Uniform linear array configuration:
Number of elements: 12
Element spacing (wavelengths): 1
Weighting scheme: hamming
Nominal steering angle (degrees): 15
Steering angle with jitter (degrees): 13.185
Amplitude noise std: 0.05
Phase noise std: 0.05

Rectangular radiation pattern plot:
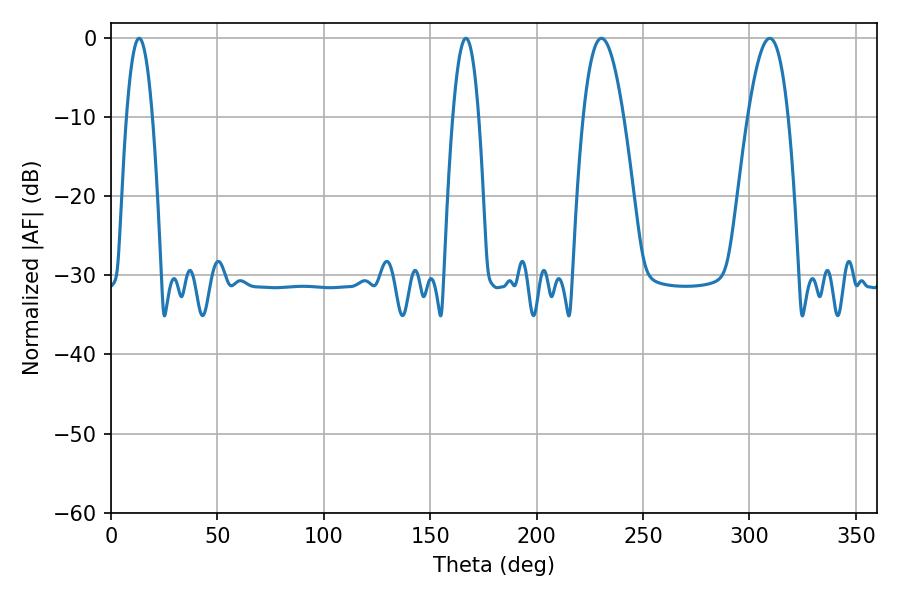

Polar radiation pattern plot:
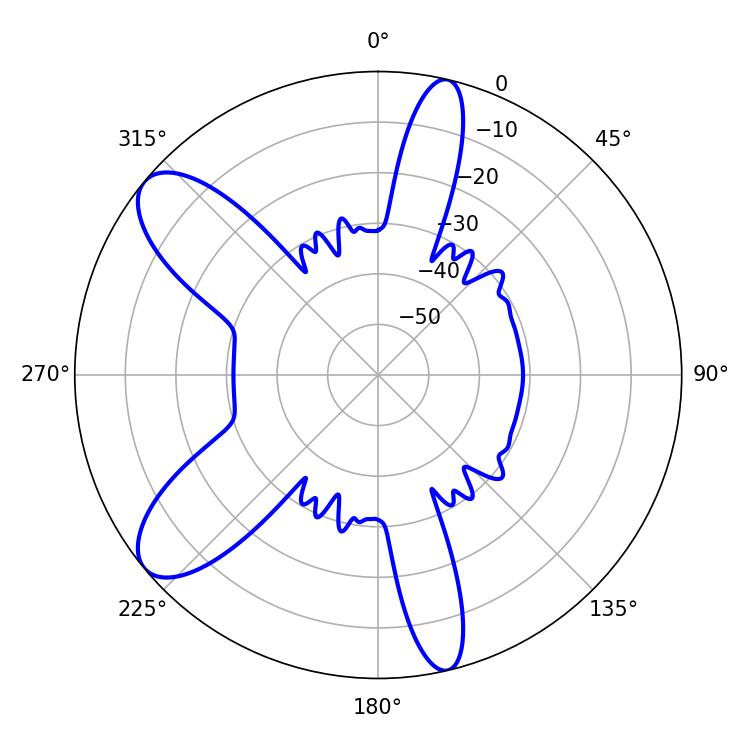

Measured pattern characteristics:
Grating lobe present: TRUE
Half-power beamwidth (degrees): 10.44
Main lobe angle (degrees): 230.4